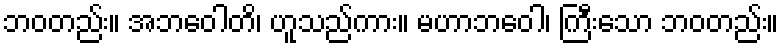
ဘဝတည်း။ အဘဝေါတိ၊ ဟူသည်ကား။ မဟာဘဝေါ၊ ကြီးသော ဘဝတည်း။